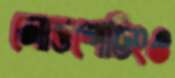
লোডশেডিংও